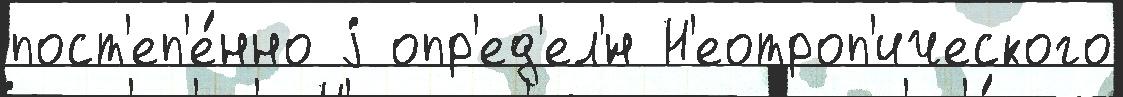
пост'еп'е́нно j опр'ед'ел'́н Н'еотроп'ического